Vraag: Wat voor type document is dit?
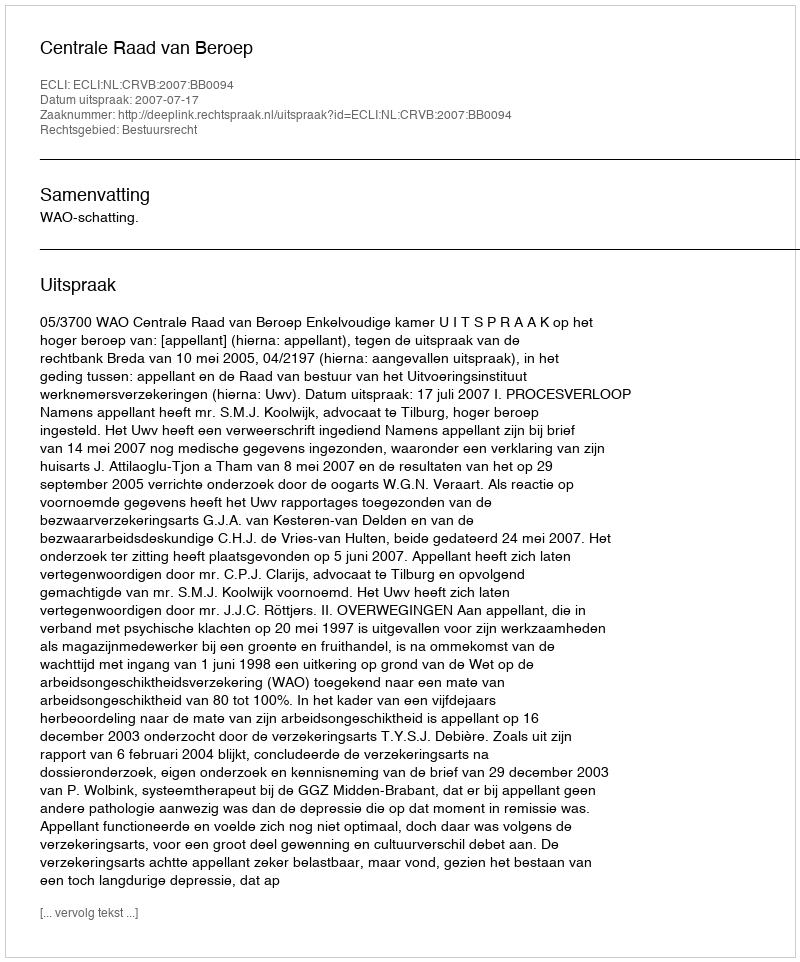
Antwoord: Uitspraak